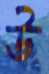
উ